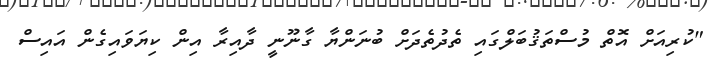
"ކުރިއަށް އޮތް މުސްތަޤުބަލްގައި ތެދުތެދަށް ބުނަންޔާ ގާނޫނީ ދާއިރާ އިން ކިޔަވައިގެން އައިސް